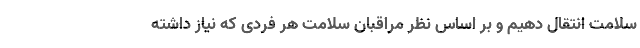
سلامت انتقال دهیم و بر اساس نظر مراقبان سلامت هر فردی که نیاز داشته